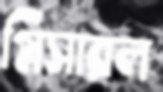
গ্লিসারল